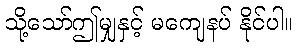
သို့သော်ဤမျှနှင့် မကျေနပ် နိုင်ပါ။